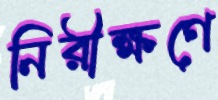
নিরীক্ষণে